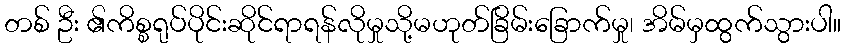
တစ် ဦး ၏ကိစ္စရုပ်ပိုင်းဆိုင်ရာရန်လိုမှုသို့မဟုတ်ခြိမ်းခြောက်မှု၊ အိမ်မှထွက်သွားပါ။